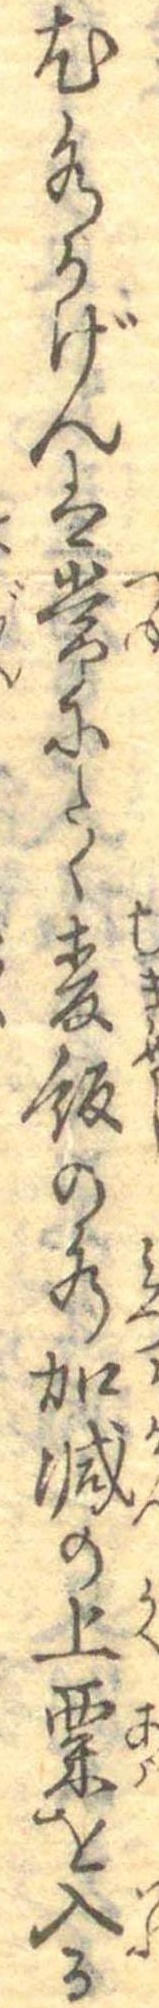
尤水かげんは常にたく麦飯の水加減の上粟を入る